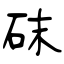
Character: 砞